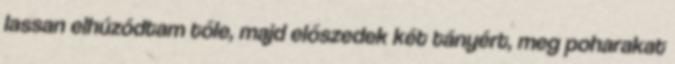
lassan elhúzódtam tőle, majd előszedek két tányért, meg poharakat